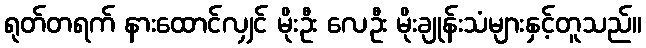
ရုတ်တရက် နားထောင်လျှင် မိုးဦး လေဦး မိုးချုန်းသံများနှင့်တူသည်။